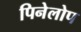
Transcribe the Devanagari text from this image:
पिनेलोप